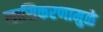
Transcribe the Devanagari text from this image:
लासिकरणामुळे